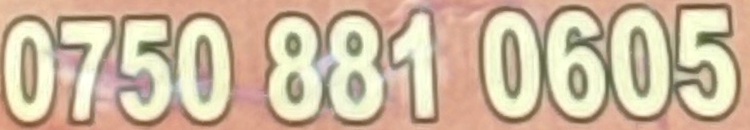
0750 881 0605